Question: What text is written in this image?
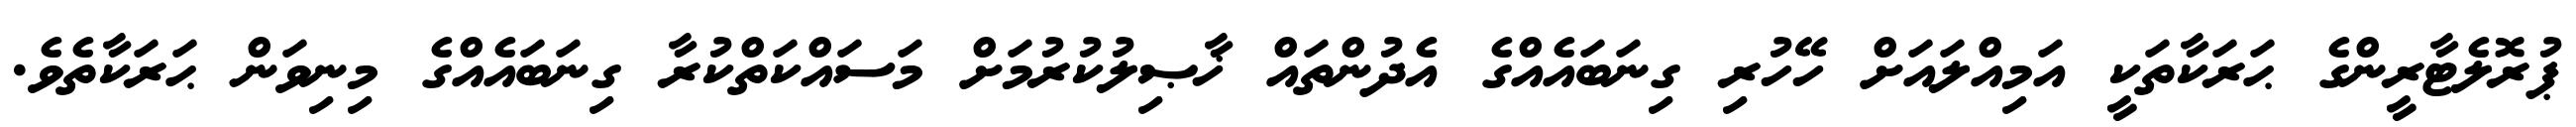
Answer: ޕުރޮލެޓާރީންގެ ޙަރަކާތަކީ އަމިއްލައަށް ހޭހުރި ގިނަބައެއްގެ އެދުންތައް ޚާޞިލުކުރުމަށް މަސައްކަތްކުރާ ގިނަބައެއްގެ މިނިވަން ޙަރަކާތެވެ.